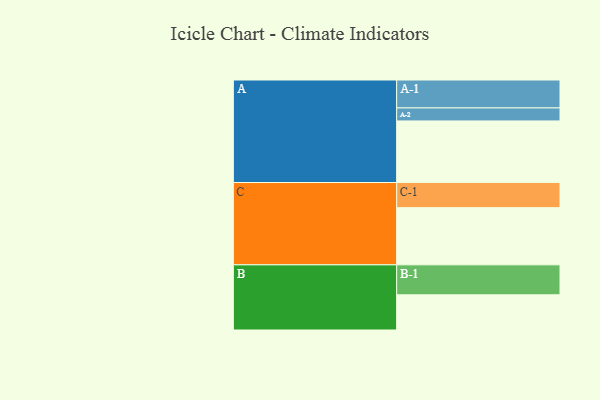
{"axis": {"x": "Segment", "y": "Value"}, "legend": ["", "A", "B", "C"], "data": [{"x": "A", "y": 600, "type": ""}, {"x": "B", "y": 343, "type": ""}, {"x": "C", "y": 557, "type": ""}, {"x": "A-1", "y": 272, "type": "A"}, {"x": "A-2", "y": 127, "type": "A"}, {"x": "B-1", "y": 292, "type": "B"}, {"x": "C-1", "y": 245, "type": "C"}]}